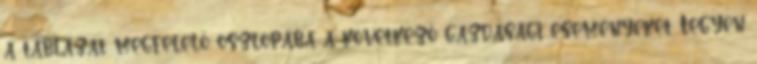
a táblázat megfelelő oszlopába a következő gazdasági eseményeket Tegyen